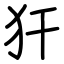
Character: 犴